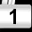
Digit: 1